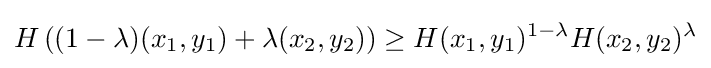
H\left((1-\lambda )(x_{1},y_{1})+\lambda (x_{2},y_{2})\right)\geq H(x_{1},y_{1})^{1-\lambda }H(x_{2},y_{2})^{\lambda }